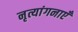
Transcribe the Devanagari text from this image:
नृत्यांगनाएँ